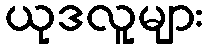
ယုဒလူများ